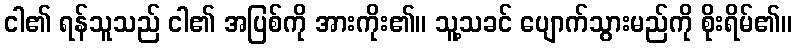
ငါ၏ ရန်သူသည် ငါ၏ အပြစ်ကို အားကိုး၏။ သူ့သခင် ပျောက်သွားမည်ကို စိုးရိမ်၏။